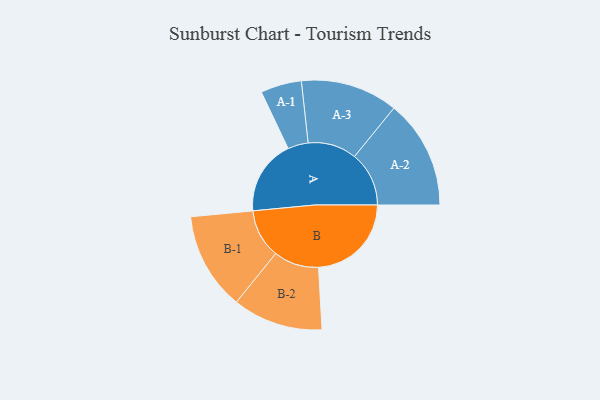
{"axis": {"x": "Segment", "y": "Value"}, "legend": ["", "A", "B"], "data": [{"x": "A", "y": 388, "type": ""}, {"x": "B", "y": 481, "type": ""}, {"x": "A-1", "y": 106, "type": "A"}, {"x": "A-2", "y": 282, "type": "A"}, {"x": "A-3", "y": 252, "type": "A"}, {"x": "B-1", "y": 253, "type": "B"}, {"x": "B-2", "y": 234, "type": "B"}]}